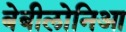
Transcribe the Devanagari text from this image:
बेबीलोनिआ